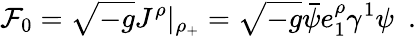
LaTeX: {\cal F}_{0}={\sqrt{-g}}J^{\rho}|_{\rho_{+}}={\sqrt{-g}}{\bar{\psi}}e_{1}^{\rho}\gamma^{1}\psi~~.